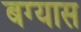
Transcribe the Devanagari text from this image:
बग्यास